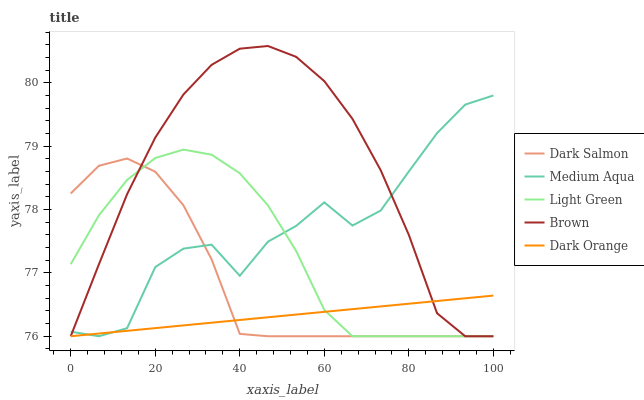
| xaxis_label | Dark Salmon | Medium Aqua | Light Green | Brown | Dark Orange |
 | --- | --- | --- | --- | --- | --- |
 | 0 | 78.3 | 76.1 | 77.1 | 76 | 76 |
 | 6.67 | 78.7 | 76 | 77.9 | 77.1 | 76 |
 | 13.3 | 78.8 | 76.1 | 78.5 | 78.2 | 76.1 |
 | 20 | 78.6 | 77.1 | 78.8 | 79.1 | 76.1 |
 | 26.7 | 78.1 | 77.4 | 78.9 | 79.8 | 76.2 |
 | 33.3 | 77.2 | 77.4 | 78.9 | 80.3 | 76.2 |
 | 40 | 76 | 77 | 78.6 | 80.5 | 76.3 |
 | 46.7 | 76 | 77.5 | 78.1 | 80.6 | 76.3 |
 | 53.3 | 76 | 77.7 | 77.3 | 80.4 | 76.3 |
 | 60 | 76 | 78.1 | 76.4 | 80 | 76.4 |
 | 66.7 | 76 | 77.7 | 76 | 79.4 | 76.4 |
 | 73.3 | 76 | 78 | 76 | 78.6 | 76.5 |
 | 80 | 76 | 78.6 | 76 | 77.6 | 76.5 |
 | 86.7 | 76 | 79.2 | 76 | 76.4 | 76.6 |
 | 93.3 | 76 | 79.7 | 76 | 76 | 76.6 |
 | 100 | 76 | 79.8 | 76 | 76 | 76.6 |